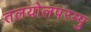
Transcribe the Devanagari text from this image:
तलयोलपरम्पु